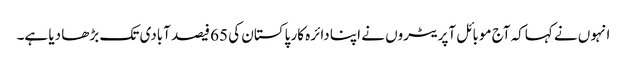
انہوں نے کہاکہ آج موبائل آپریٹروں نے اپنا دائرہ کار پاکستان کی 65 فیصد آبادی تک بڑھا دیا ہے۔